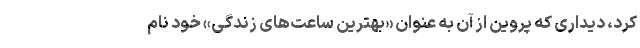
کرد، دیداری که پروین از آن به عنوان «بهترین ساعت‌های زندگی» خود نام